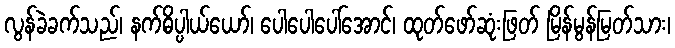
လွန်ခဲခက်သည်၊ နက်ဓိပ္ပါယ်ယော်၊ ပေါပေါပေါ်အောင်၊ ထုတ်ဖော်ဆုံးဖြတ် မြိန်မွန်မြတ်သား၊